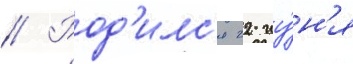
// Род'илс'я 22 иу́н'я